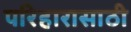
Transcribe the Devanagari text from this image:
परिहारासाठी